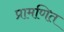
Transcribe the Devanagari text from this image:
प्रामणित